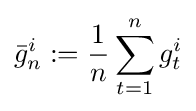
{\bar {g}}_{n}^{i}:={\frac {1}{n}}\sum _{t=1}^{n}g_{t}^{i}